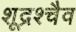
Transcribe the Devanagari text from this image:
शूद्रश्चैव